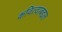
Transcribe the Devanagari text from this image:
कवित्वाबद्दल